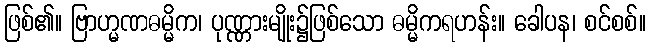
ဖြစ်၏။ ဗြာဟ္မဏဓမ္မိက၊ ပုဏ္ဏားမျိုး၌ဖြစ်သော ဓမ္မိကရဟန်း။ ခေါပန၊ စင်စစ်။